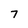
Character: 7